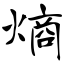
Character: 熵